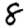
Digit: 8